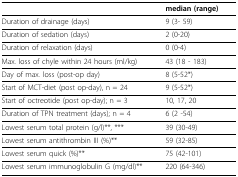
<table><thead><tr><td></td><td><b>median (range)</b></td></tr></thead><tbody><tr><td>Duration of drainage (days)</td><td>9 (3- 59)</td></tr><tr><td>Duration of sedation (days)</td><td>2 (0-20)</td></tr><tr><td>Duration of relaxation (days)</td><td>0 (0-4)</td></tr><tr><td>Max. loss of chyle within 24 hours (ml/kg)</td><td>43 (18 - 183)</td></tr><tr><td>Day of max. loss (post-op day)</td><td>8 (5-52*)</td></tr><tr><td>Start of MCT-diet (post op-day), n = 24</td><td>9 (5-52*)</td></tr><tr><td>Start of octreotide (post op-day); n = 3</td><td>10, 17, 20</td></tr><tr><td>Duration of TPN treatment (days); n = 4</td><td>6 (2 -54)</td></tr><tr><td>Lowest serum total protein (g/l)**, ***</td><td>39 (30-49)</td></tr><tr><td>Lowest serum antithrombin III (%)**</td><td>59 (32-85)</td></tr><tr><td>Lowest serum quick (%)**</td><td>75 (42-101)</td></tr><tr><td>Lowest serum immunoglobulin G (mg/dl)**</td><td>220 (64-346)</td></tr></tbody></table>